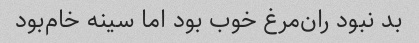
بد نبود ران‌مرغ خوب بود اما سینه خام‌بود